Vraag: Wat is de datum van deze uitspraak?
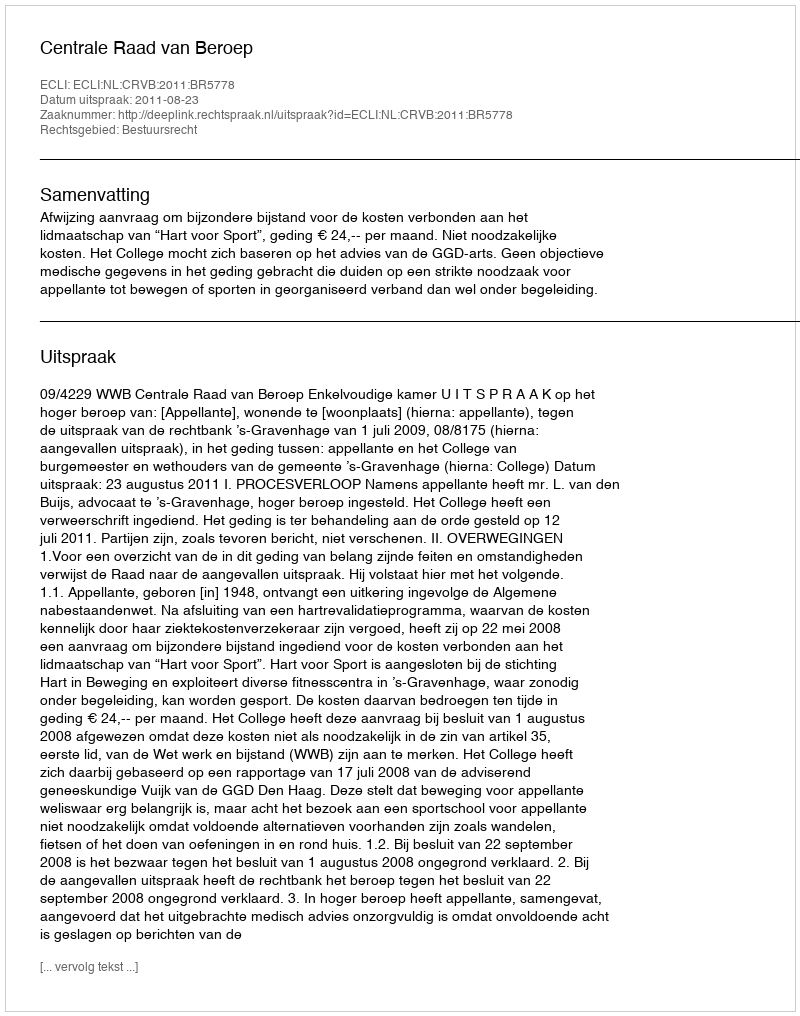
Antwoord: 2011-08-23